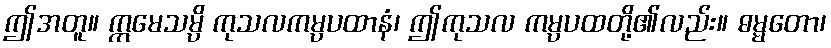
ဤအတူ။ ဣမေသမ္ပိ ကုသလကမ္ပပထာနံ၊ ဤကုသလ ကမ္ပပထတို့၏လည်း။ ဓမ္မတော၊